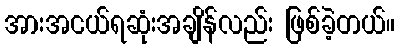
အားအငယ်ရဆုံးအချိန်လည်း ဖြစ်ခဲ့တယ်။